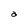
Character: a